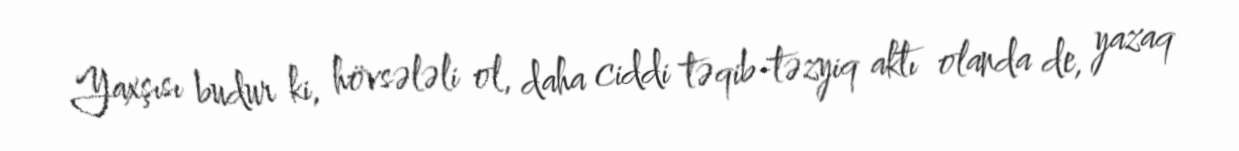
Yaxşısı budur ki, hövsələli ol, daha ciddi təqib-təzyiq aktı olanda de, yazaq